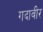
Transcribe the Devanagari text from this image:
गदावीर